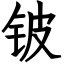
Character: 铍